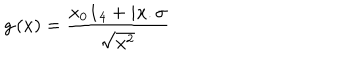
LaTeX: g \left( x \right) = \frac { x _ { 0 } \mathbf { 1 } _ { 4 } + i x . \sigma } { \sqrt { x ^ { 2 } } }